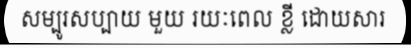
សម្បូរសប្បាយ មួយ រយៈពេល ខ្លី ដោយសារ